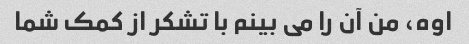
اوه، من آن را می بینم با تشکر از کمک شما